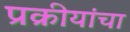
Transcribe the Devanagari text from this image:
प्रक्रीयांचा